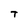
Character: T